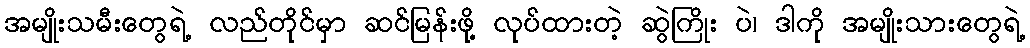
အမျိုးသမီးတွေရဲ့ လည်တိုင်မှာ ဆင်မြန်းဖို့ လုပ်ထားတဲ့ ဆွဲကြိုး ပဲ၊ ဒါကို အမျိုးသားတွေရဲ့